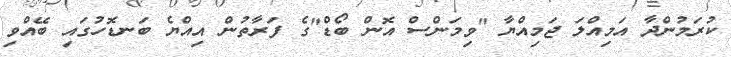
ކުރަމުންދާ އަމިއްލަ ޖަމިއްޔާ "ވިމަންސް އޮން ބޯޑް"ގެ ފަރާތުން އިއްޔެ ބަނޑޮހުގައި ބޭއްވި